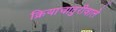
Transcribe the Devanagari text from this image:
क्रियाचातुरीवाले